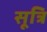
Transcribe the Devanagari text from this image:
सूत्रि